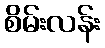
စိမ်းလန်း